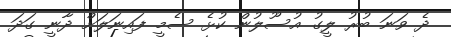
ދެ ވަނަ ބުރު ލީގު އުސޫލުން ކުޅެ ސެމީ ފައިނަލަށް ދާނީ ގަދަ